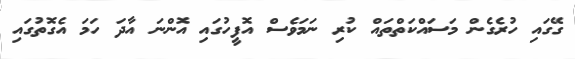
ގޭގައި ހުރެގެން މަސައްކަތްތައް ކުރި ނަމަވެސް އޮފީހުގައި އޮންނަ އާދަ ހަމަ އެގޮތުގައި